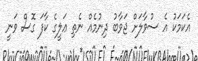
އެކަމަކު އެ ސުވާލަށް ޖަވާބު ދިނުމެއް ނެތި ޢަލީގެ ކާފަ ގޮސް ވަނީ